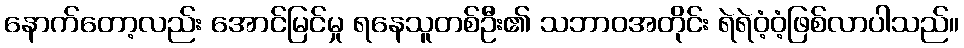
နောက်တော့လည်း အောင်မြင်မှု ရနေသူတစ်ဦး၏ သဘာဝအတိုင်း ရဲရဲဝံ့ဝံ့ဖြစ်လာပါသည်။